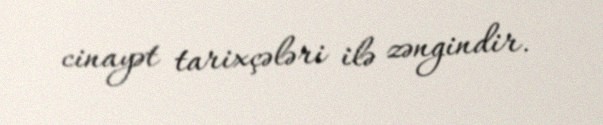
cinayət tarixçələri ilə zəngindir.